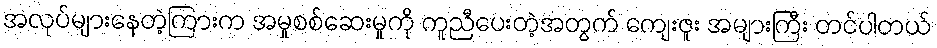
အလုပ်များနေတဲ့ကြားက အမှုစစ်ဆေးမှုကို ကူညီပေးတဲ့အတွက် ကျေးဇူး အများကြီး တင်ပါတယ်